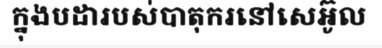
ក្នុងបដារបស់បាតុករនៅសេអ៊ូល